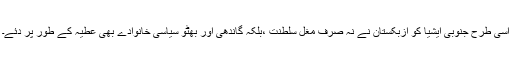
اسی طرح جنوبی ایشیا کو ازبکستان نے نہ صرف مغل سلطنت ،بلکہ گاندھی اور بھٹو سیاسی خانوادے بھی عطیہ کے طور پر دِئے۔